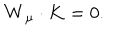
{ \bf W } _ { \mu } \cdot { \bf K } = 0 .